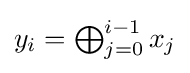
{\textstyle y_{i}=\bigoplus _{j=0}^{i-1}x_{j}}